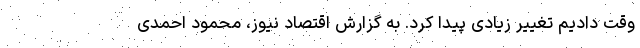
وقت دادیم تغییر زیادی پیدا کرد. به گزارش اقتصاد نیوز، محمود احمدی